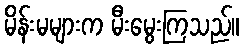
မိန်းမများက မီးမွေးကြသည်။